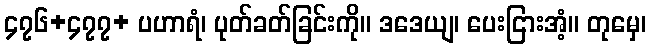
၄၇၆+၄၇၇+ ပဟာရံ၊ ပုတ်ခတ်ခြင်းကို။ ဒဒေယျ၊ ပေးငြားအံ့။ တုမှေ၊